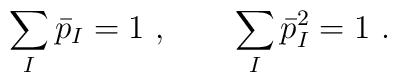
\sum_I \bar{p}_I = 1 \ , \qquad \sum_I \bar{p}_I^2 = 1 \ .